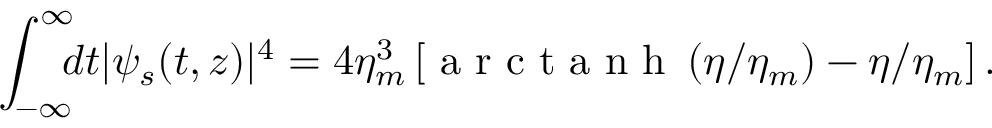
\int _ { - \infty } ^ { \infty } \! \! \! d t | \psi _ { s } ( t , z ) | ^ { 4 } = 4 \eta _ { m } ^ { 3 } \left[ \mathrm { ~ a ~ r ~ c ~ t ~ a ~ n ~ h ~ } \left( \eta / \eta _ { m } \right) - \eta / \eta _ { m } \right] .